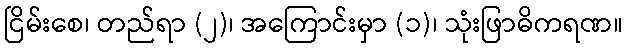
ငြိမ်းစေ၊ တည်ရာ (၂)၊ အကြောင်းမှာ (၁)၊ သုံးဖြာဓိကရဏ။